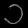
Digit: ၁